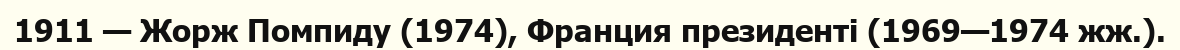
1911 — Жорж Помпиду (1974), Франция президенті (1969—1974 жж.).